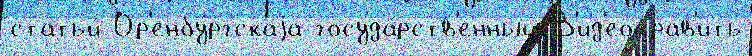
статьи́ Ор'енбу́ргскаjа госуда́рств'енный В'ид'еоправ'ить